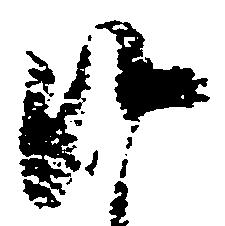
候